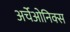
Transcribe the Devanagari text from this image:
अर्चेओनिक्स